Leaving Certificate Examination (including Day School Certificate (Higher) General paper), 1930
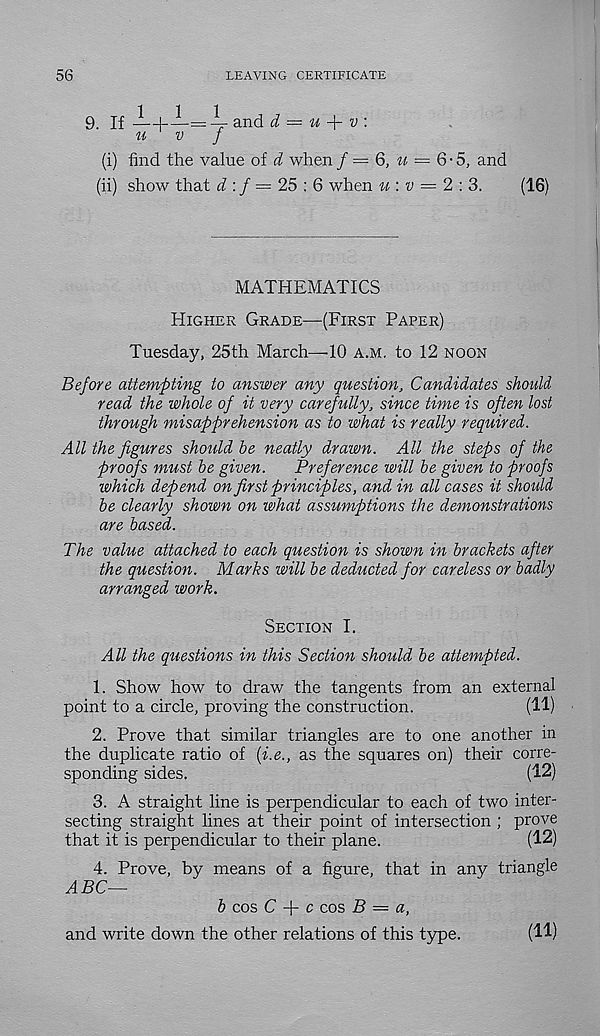
56
LEAVING CERTIFICATE
9. If —+—= 4- and d = u
v \
u
v
j
(i) find the value of d when f = 6, u = 6-5, and
(ii) show that d :f = 25 : 6 when u : v — 2 : 3.
(16)
MATHEMATICS
Higher Grade—(First Paper)
Tuesday, 25th March—■ 10 a.m, to 12 noon
Before attempting to answer any question. Candidates should
read the whole of it very carefully, since time is often lost
through misapprehension as to what is really required.
All the figures should he neatly drawn. All the steps of the
proofs must he given.
Preference will be given to proofs
which depend on fir st principles, and in all cases it should
he clearly shown on what assumptions the demonstrations
are based.
The value attached to each question is shown in brackets after
the question. Marks will he deducted for careless or badly
arranged work.
Section I.
All the questions in this Section should he attempted.
1. Show how to draw the tangents from an external
point to a circle, proving the construction.
(11)
2. Prove that similar triangles are to one another in
the duplicate ratio of {i.e., as the squares on) their corre-
sponding sides.
(12)
3. A straight line is perpendicular to each of two inter-
secting straight lines at their point of intersection ; prove
that it is perpendicular to their plane.
(12)
4. Prove, by means of a figure, that in any triangle
ABC—
h cos C + c cos B — a,
and write down the other relations of this type.
(ID